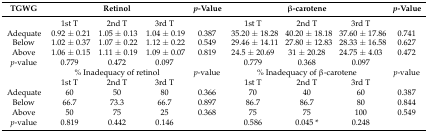
<table><thead><tr><td><b>TGWG</b></td><td colspan="3"><b>Retinol</b></td><td><b><i>p</i>-Value</b></td><td colspan="3"><b>β-carotene</b></td><td><b><i>p</i>-Value</b></td></tr></thead><tbody><tr><td></td><td>1st T</td><td>2nd T</td><td>3rd T</td><td></td><td>1st T</td><td>2nd T</td><td>3rd T</td><td></td></tr><tr><td>Adequate</td><td>0.92 ± 0.21</td><td>1.05 ± 0.13</td><td>1.04 ± 0.19</td><td>0.387</td><td>35.20 ± 18.28</td><td>40.20 ± 18.18</td><td>37.60 ± 17.86</td><td>0.741</td></tr><tr><td>Below</td><td>1.02 ± 0.37</td><td>1.07 ± 0.22</td><td>1.12 ± 0.22</td><td>0.549</td><td>29.46 ± 14.11</td><td>27.80 ± 12.83</td><td>28.33 ± 16.58</td><td>0.627</td></tr><tr><td>Above</td><td>1.06 ± 0.15</td><td>1.11 ± 0.19</td><td>1.09 ± 0.07</td><td>0.819</td><td>24.5 ± 20.69</td><td>31 ± 20.28</td><td>24.75 ± 4.03</td><td>0.472</td></tr><tr><td><i>p</i>-value</td><td>0.779</td><td>0.472</td><td>0.097</td><td></td><td>0.779</td><td>0.368</td><td>0.097</td><td></td></tr><tr><td></td><td colspan="3">% Inadequacy of retinol</td><td><i>p</i>-value</td><td colspan="3">% Inadequacy of β-carotene</td><td><i>p</i>-value</td></tr><tr><td></td><td>1st T</td><td>2nd T</td><td>3rd T</td><td></td><td>1st T</td><td>2nd T</td><td>3rd T</td><td></td></tr><tr><td>Adequate</td><td>60</td><td>50</td><td>80</td><td>0.366</td><td>70</td><td>40</td><td>60</td><td>0.387</td></tr><tr><td>Below</td><td>66.7</td><td>73.3</td><td>66.7</td><td>0.897</td><td>86.7</td><td>86.7</td><td>80</td><td>0.844</td></tr><tr><td>Above</td><td>50</td><td>75</td><td>25</td><td>0.368</td><td>75</td><td>75</td><td>100</td><td>0.549</td></tr><tr><td><i>p</i>-value</td><td>0.819</td><td>0.442</td><td>0.146</td><td></td><td>0.586</td><td>0.045 *</td><td>0.248</td><td></td></tr></tbody></table>